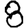
Digit: 8